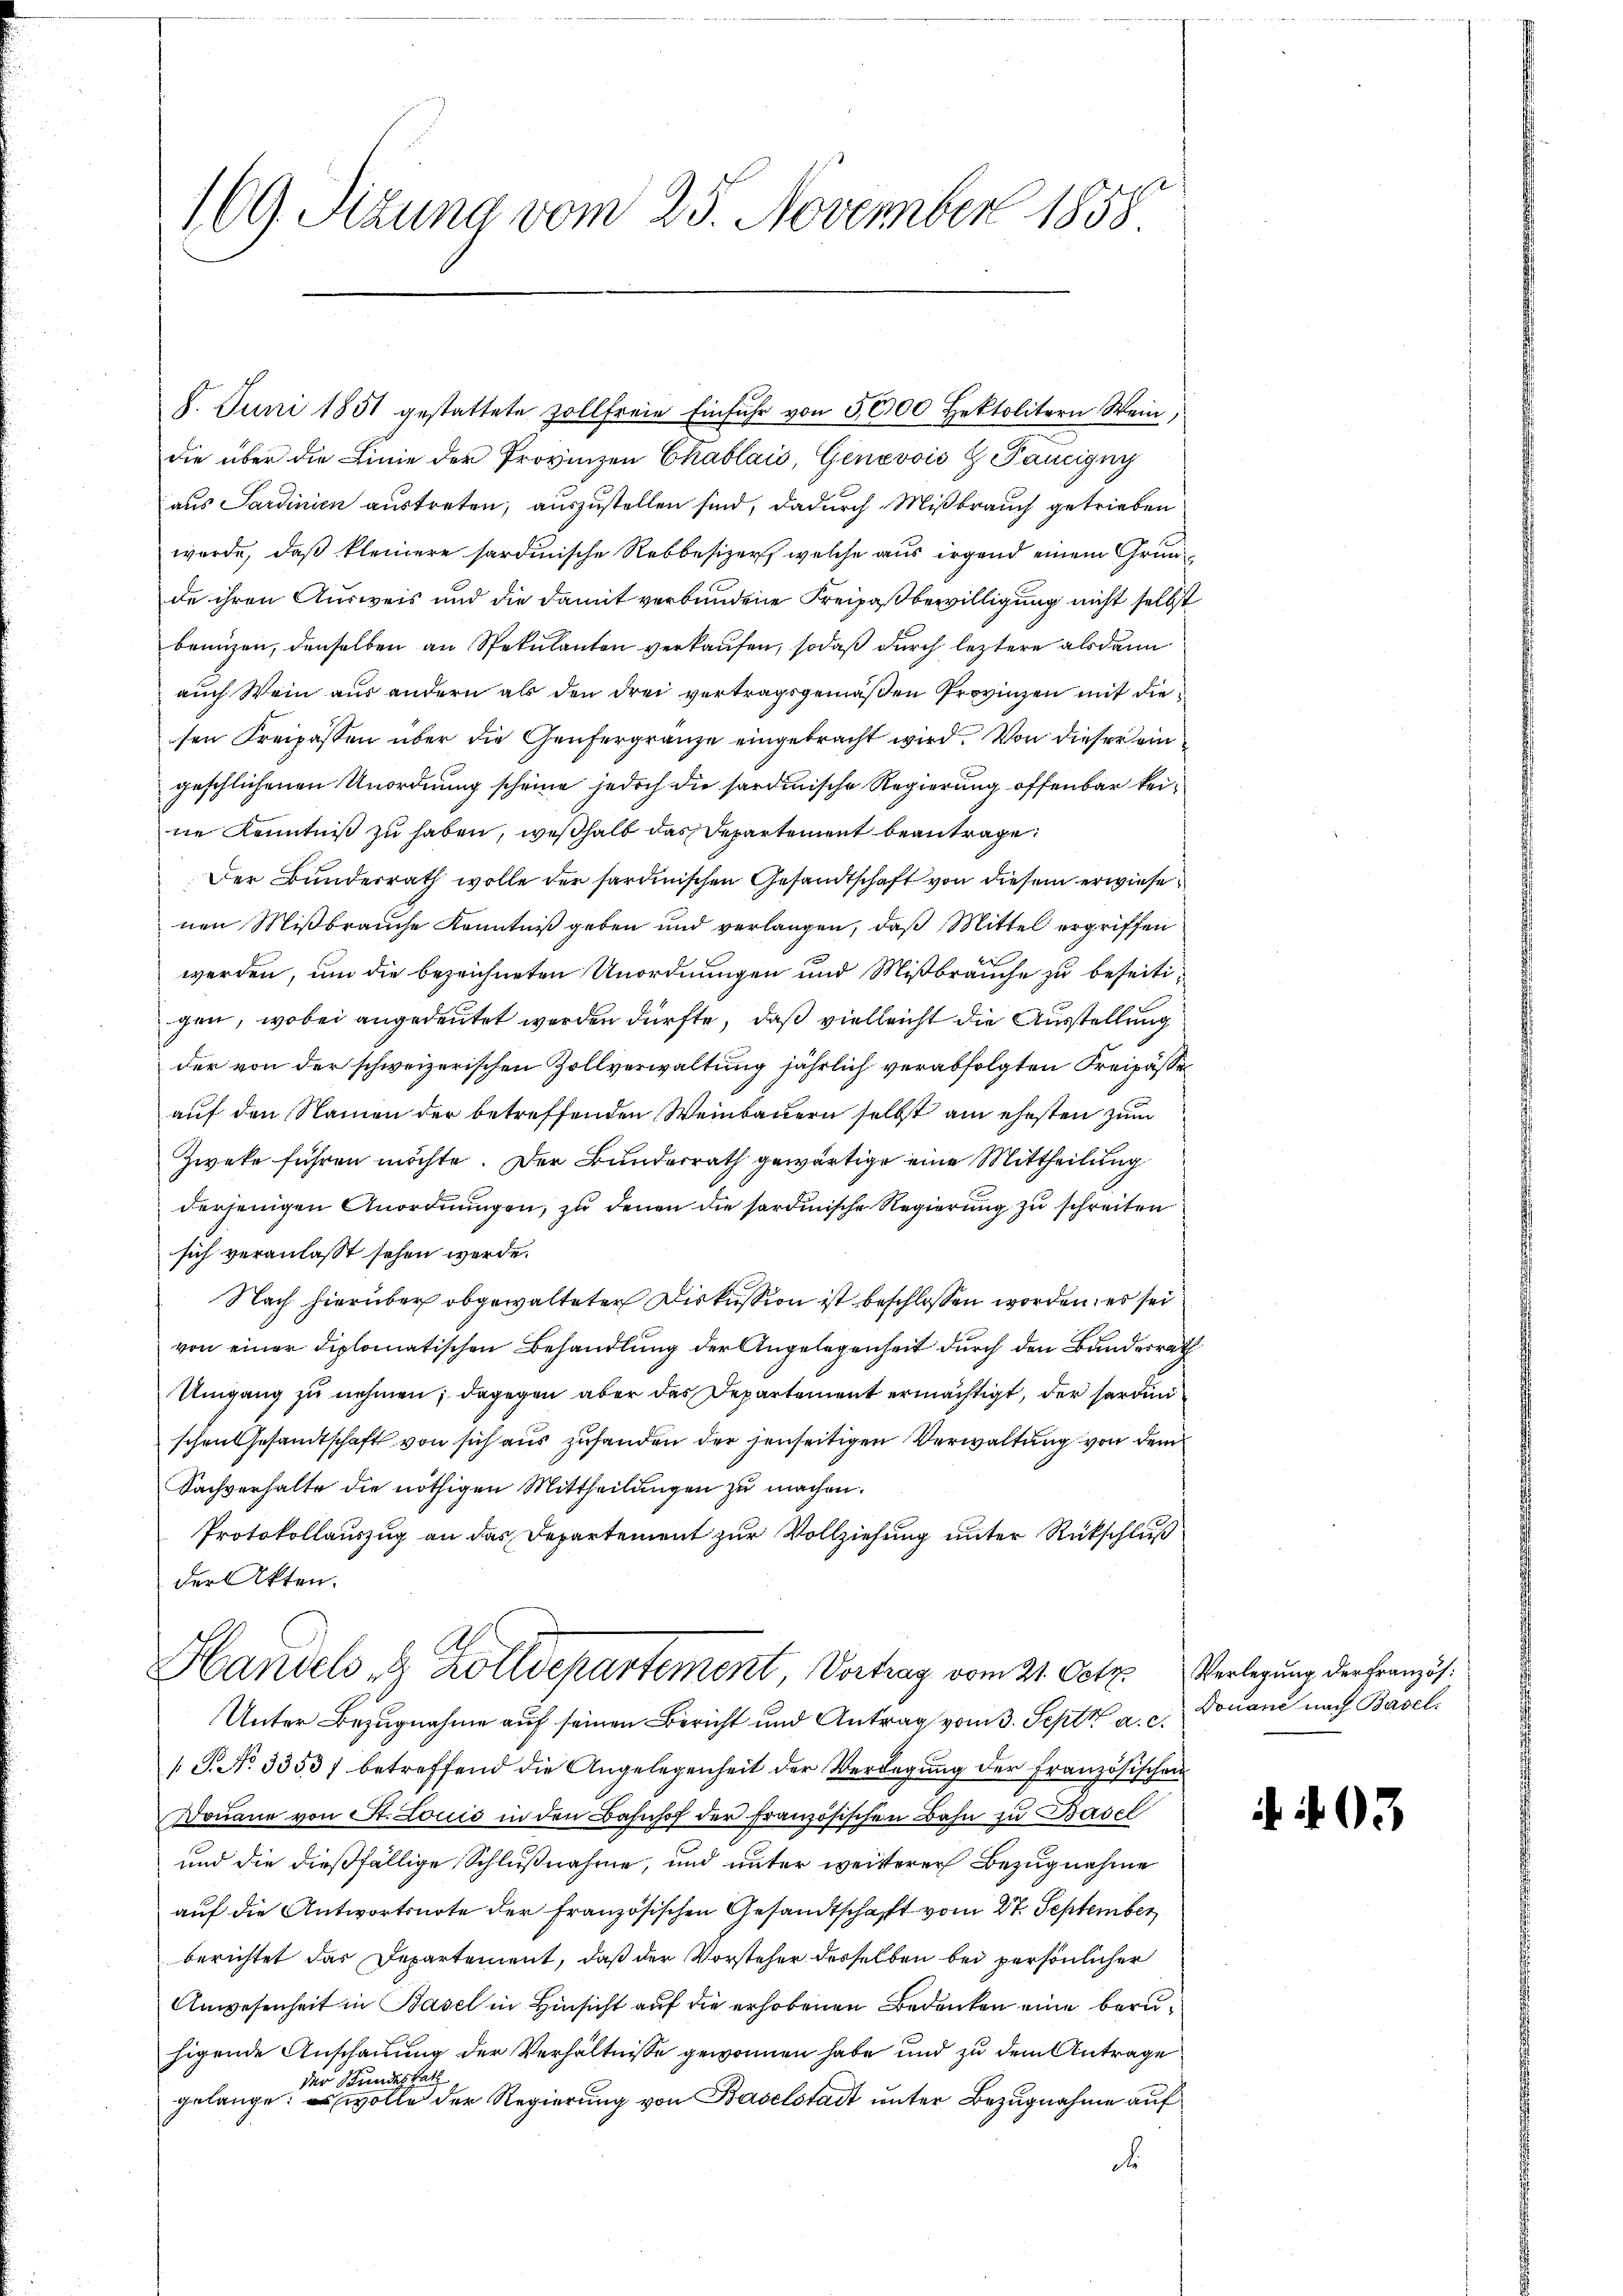
169. Sitzung vom 25. November 1858.

8. Juni 1851 gestattete zollfreie Einfuhr von 5000 Hektolitern Wein,
die über die Linie der Provinzen Chablais, Genevois H Panigny
aus Sardinien austreten, auszustellen sind, dadurch Mißbrauch getrieben
wurde, daß kleinere sardinische Rebbesizer, welche aus irgend einem Grunde ihren Ausweis und die damit verbundene Freipaßbewilligung nicht selbst
benuzen, denselben an Spekulanten verkaufen, sodaß durch leztere alsdann
auch Wein aus andern als den drei vertragsgemäßen Provinzen mit die
sen Freipassen über die Genfergränze eingebracht wird. Von dieser ein
geschlichenen Unordnung scheine jedoch die sardinische Regierung offenbar keine Kenntniß zu haben, weßhalb das Departement beantrage.
Der Bunderrath wolle der sardinischen Gesandtschaft von diesem erwiese
nen Mißbrauche Kenntniß geben und verlangen, daß Mittel ergriffen
werden, um die bezeichneten Unordnungen und Mißbräuche zu beseitigen, wobei angedeutet werden dürfte, daß vielleicht die Ausstellung
der von der schweizerischen Zollverwaltung jährlich verabfolgten Freipässe
auf den Namen der betreffenden Weinbauern selbst am ehesten zum
Zweke führen möchte. Der Bundesrath gewärtige eine Mittheilung
derjenigen Anordnungen, zu denen die sardinische Regierung zu schreiten
sich veranlasst sehen werde.
Nach hierüber obgewalteter Diskussion ist beschlossen worden, es sei
von einer diplomatischen Behandlung der Angelegenheit durch den Bundesrath
Umgang zu nehmen; dagegen aber das Departement ermächtigt, der serdini
schen Gesandtschaft von sich aus zufanden der jenseitigen Verwaltung von dem
Sachverhalte die nöthigen Mittheilungen zu machen.
Protokollauszug an das Departement zur Vollziehung unter Rückschluß
der Akten.
Handels- & Zolldepartement Vortrag vom 21. Octz. Verlegung der Französ¬
Unter Bezugnahme auf seinen Bericht und Antrag vom 3. Sept. a. c.
1 S. No 33537 betreffend die Angelegenheit der Verlegung der Französischen
Donaue von St. Louis in den Bahnhof der französischen Bahn zu Basel
und die dießfällige Schlußnahme, und unter weiterer Bezugnahme
auf die Antwortsnote der französischen Gesandtschaft vom 27. September
berichtet das Departement, daß der Vorsteher desselben bei persönlicher
Anwesenheit in Basel in Hinsicht auf die erhobenen Bedenken eine beruhigende Anschauung der Verhältnisse gewonnen habe und zu dem Antrage
der Bundesrath
gelange; es wolle der Regierung von Baselstadt unter Bezugnahme auf
de

Douane nach Basel.

f. 403